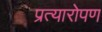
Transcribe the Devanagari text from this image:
प्रत्‍यारोपण